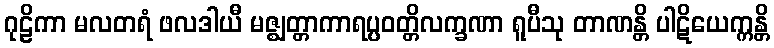
ဂုဠိကာ မလတရံ ဖလဒါယီ မဇ္ဈတ္တာကာရပ္ပဝတ္တိလက္ခဏာ ရူပီသု တာဏန္တိ ပါဋိယေက္ကန္တိ